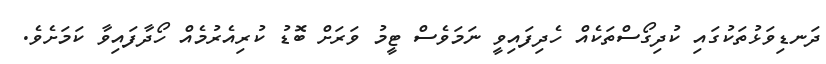
ދަނޑިވަޅުތަކުގައި ކުދިގޯސްތަކެއް ހެދިފައިވީ ނަމަވެސް ޓީމު ވަރަށް ބޮޑު ކުރިއެރުމެއް ހޯދާފައިވާ ކަމަށެވެ.